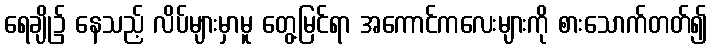
ရေချို၌ နေသည့် လိပ်များမှာမူ တွေ့မြင်ရာ အကောင်ကလေးများကို စားသောက်တတ်၍